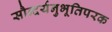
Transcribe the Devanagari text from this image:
सौन्दर्यनुभूतिपरक